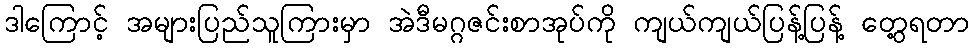
ဒါကြောင့် အများပြည်သူကြားမှာ အဲဒီမဂ္ဂဇင်းစာအုပ်ကို ကျယ်ကျယ်ပြန့်ပြန့် တွေ့ရတာ